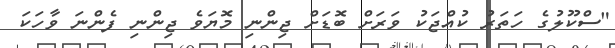
"ސްކޫލުގެ ހަތަރު ކުއްޖަކު ވަރަށް ބޮޑަށް ޖިންނި މޮޔަވެ ޖިންނި ފެންނަ ވާހަކަ